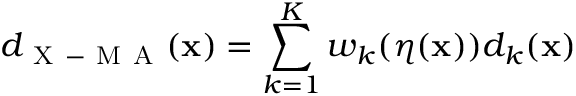
d _ { \mathrm { ~ X ~ - ~ M ~ A ~ } } ( \mathbf { x } ) = \sum _ { k = 1 } ^ { K } w _ { k } ( \boldsymbol { \eta } ( \mathbf { x } ) ) d _ { k } ( \mathbf { x } )